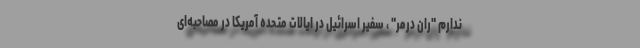
ندارم "ران درمر" ، سفیر اسرائیل در ایالات متحده آمریکا در مصاحبه‌ای